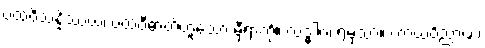
ပထဝိသန္နိဿယံ၊ ပထဝီဓာတ်ဟူသော မှီရာကို။ လဒ္ဓါဝ၊ ရမှသာ။ ကာယဝိညာဏံ၊